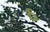
ઠ